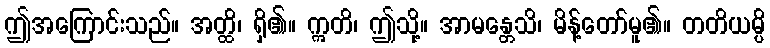
ဤအကြောင်းသည်။ အတ္ထိ၊ ရှိ၏။ ဣတိ၊ ဤသို့။ အာမန္တေသိ၊ မိန့်တော်မူ၏။ တတိယမ္ပိ